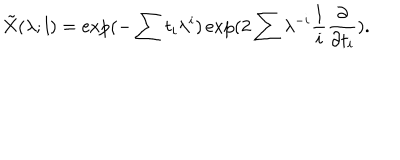
\tilde { X } ( \lambda ; l ) = \exp ( - \sum t _ { i } \lambda ^ { i } ) \exp ( 2 \sum \lambda ^ { - i } \frac { 1 } { i } \frac { \partial } { \partial t _ { i } } ) .